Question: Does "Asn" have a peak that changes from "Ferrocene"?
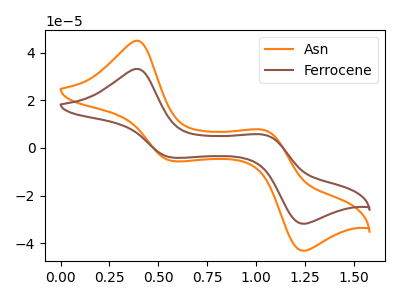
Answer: <think>The orange curve "Asn" has anodic peaks at (0.40V, 45.05uA) (1.05V, 7.40uA) and cathodic peaks at (0.55V, -5.45uA) (1.25V, -43.20uA). The brown curve "Ferrocene" has anodic peaks at (0.40V, 33.20uA) (1.05V, 5.45uA) and cathodic peaks at (0.55V, -4.05uA) (1.25V, -31.85uA).
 All the peaks in "Asn" have a peak in "Ferrocene" at the same potential. Every peak in "Asn" is higher than every peak in "Ferrocene".</think>
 <answer>No, "Asn" and "Ferrocene" don't appear to be significantly different in shape</answer>
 <eval>no_change</eval>